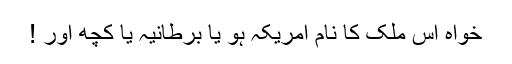
خواہ اُس ملک کا نام امریکہ ہو یا برطانیہ یا کچھ اور !